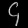
Digit: ၄